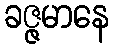
ခဇ္ဇမာနေ